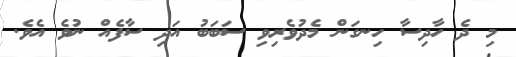
މި ދެ ހާދިސާ ހިނގަން މެދުވެރިވި ސަބަބު އަދި ސާފެއް ނުވެ އެވެ.